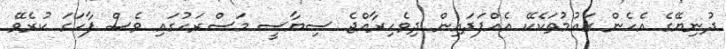
ދުނިޔޭގެ އެހެން ގައުމުތަކެކޭ އެއްފަދައިން ދިވެހިރާއްޖެ ސިޔާސީ މަސްރަހުގައި ވެސް ފާހަގަ ކުރެވޭ